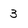
Character: 3